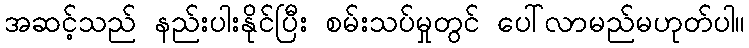
အဆင့်သည် နည်းပါးနိုင်ပြီး စမ်းသပ်မှုတွင် ပေါ်လာမည်မဟုတ်ပါ။